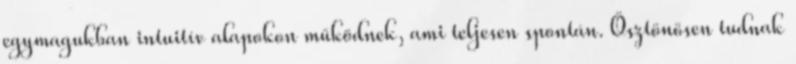
egymagukban intuitív alapokon működnek, ami teljesen spontán. Ösztönösen tudnak